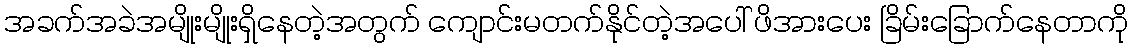
အခက်အခဲအမျိုးမျိုးရှိနေတဲ့အတွက် ကျောင်းမတက်နိုင်တဲ့အပေါ် ဖိအားပေး ခြိမ်းခြောက်နေတာကို